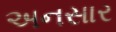
અનસાર